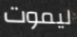
ليموت